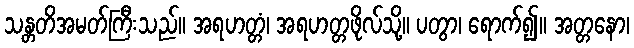
သန္တတိအမတ်ကြီးသည်။ အရဟတ္တံ၊ အရဟတ္တဖိုလ်သို့။ ပတွာ၊ ရောက်၍။ အတ္တနော၊